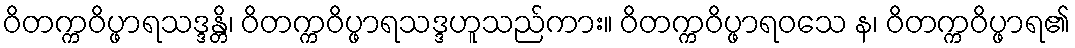
ဝိတက္ကဝိပ္ဖာရသဒ္ဒန္တိ၊ ဝိတက္ကဝိပ္ဖာရသဒ္ဒဟူသည်ကား။ ဝိတက္ကဝိပ္ဖာရဝသေ န၊ ဝိတက္ကဝိပ္ဖာရ၏